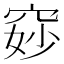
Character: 𫁐